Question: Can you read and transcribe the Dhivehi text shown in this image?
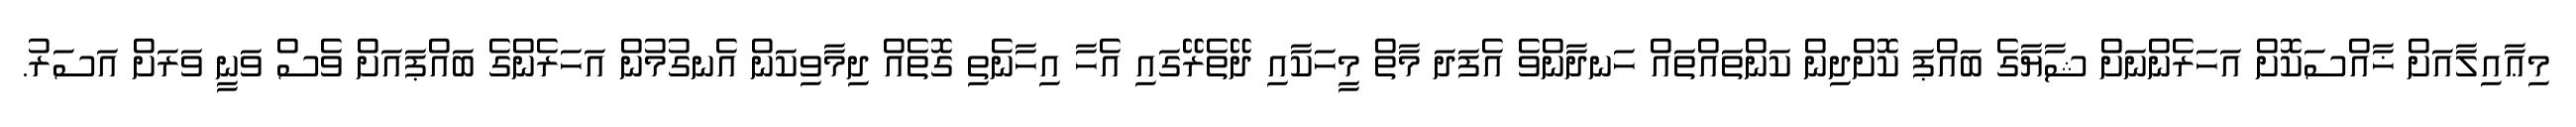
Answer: މިޢާއިލާއަށް ޚާއްސަކޮށް އަހަރެންނަށް ޝާޔާގެ ބައްޕަ ކޮށްދިން ކަންތައްތައް ހަނދާންވެ އެފަދަ މާތް މީހަކާއި ދޭތެރޭގައި އެހާ އިހާނެތި ގޮތެއް ދިމާވިކަން އެނގުމުން އަހަރެންގެ ބައްޕައަށް ވެސް ވަނީ ވަރަށް އަސަރު.